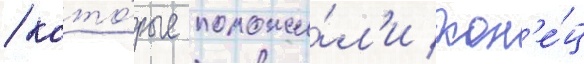
/ кото́рые положи́л'и кон'е́ц